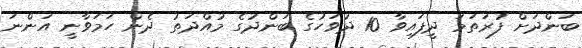
ބަންދަށް ފުރަތަމަ ދީފައިވާ 10 ދުވަހުގެ ބަންދުގެ މުއްދަތު ދެން ހަމަވާނީ އަންނަ